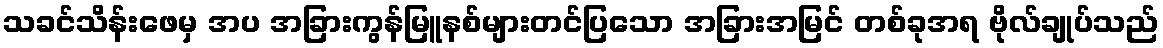
သခင်သိန်းဖေမှ အပ အခြားကွန်မြူနစ်များတင်ပြသော အခြားအမြင် တစ်ခုအရ ဗိုလ်ချုပ်သည်